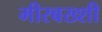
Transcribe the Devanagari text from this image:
मीरबख्शी